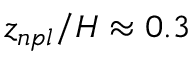
z _ { n p l } / H \approx 0 . 3